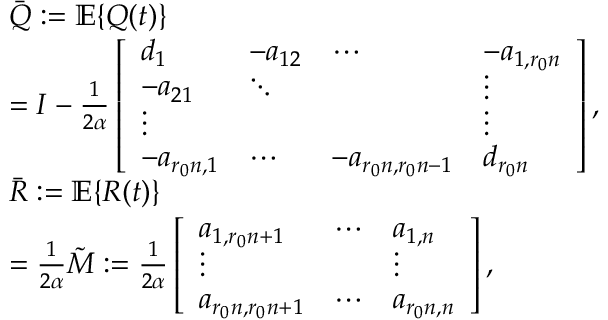
\begin{array} { r l } & { \bar { Q } : = \mathbb { E } \{ Q ( t ) \} } \\ & { = I - \frac { 1 } { 2 \alpha } \left[ \begin{array} { l l l l } { d _ { 1 } } & { - a _ { 1 2 } } & { \cdots } & { - a _ { 1 , r _ { 0 } n } } \\ { - a _ { 2 1 } } & { \ddots } & & { \vdots } \\ { \vdots } & & & { \vdots } \\ { - a _ { r _ { 0 } n , 1 } } & { \cdots } & { - a _ { r _ { 0 } n , r _ { 0 } n - 1 } } & { d _ { r _ { 0 } n } } \end{array} \right] , } \\ & { \bar { R } : = \mathbb { E } \{ R ( t ) \} } \\ & { = \frac { 1 } { 2 \alpha } \tilde { M } : = \frac { 1 } { 2 \alpha } \left[ \begin{array} { l l l } { a _ { 1 , r _ { 0 } n + 1 } } & { \cdots } & { a _ { 1 , n } } \\ { \vdots } & & { \vdots } \\ { a _ { r _ { 0 } n , r _ { 0 } n + 1 } } & { \cdots } & { a _ { r _ { 0 } n , n } } \end{array} \right] , } \end{array}